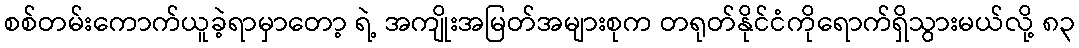
စစ်တမ်းကောက်ယူခဲ့ရာမှာတော့ ရဲ့ အကျိုးအမြတ်အများစုက တရုတ်နိုင်ငံကိုရောက်ရှိသွားမယ်လို့ ၈၃